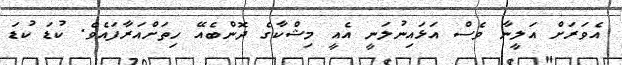
އެވަރަށް އަލީނާ ވެސް އަޅައިނުލަނީ އެއީ މިޝްކާގެ ދޮންބެއޭ ހިތަށްއަރާފައެވެ. ކުޑަ ކުޑަ